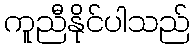
ကူညီနိုင်ပါသည်